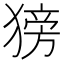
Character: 𬌿